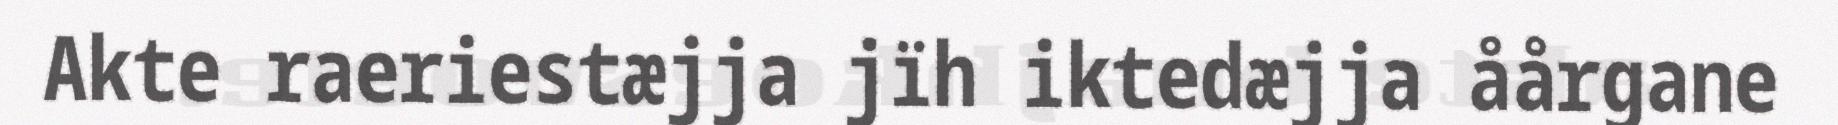
Akte raeriestæjja jïh iktedæjja åårgane